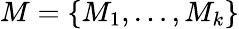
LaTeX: M=\{ M_{1},\dots,M_{k}\}